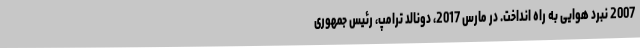
2007 نبرد هوایی به راه انداخت. در مارس 2017، دونالد ترامپ، رئیس جمهوری